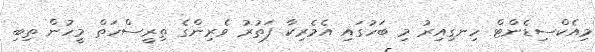
މިއެކްސިޑެންޓް ހިނގިއިރު މި ބަހުގައި އެމެރިކާ ފަތުރު ވެރިންގެ ތިރީސްހަތް މީހުން ތިބި